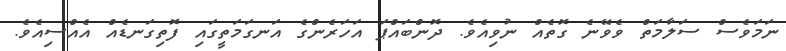
ނަމަވެސް ސަލާމަތް ވެވޭނެ ގޮތެއް ނުވިއެވެ. ދޮންބައްޕަ އަހަރެންގެ އަނގަމަތީގައި ފޮތިގަނޑެއް އެއްސިއެވެ.